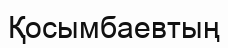
Қосымбаевтың